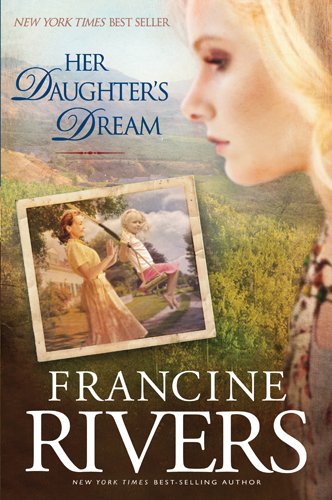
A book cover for Her Daughter's Dream (Marta's Legacy); Francine Rivers; Literature & Fiction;